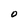
Character: O